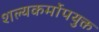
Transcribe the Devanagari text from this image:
शल्यकर्मोपयुक्त